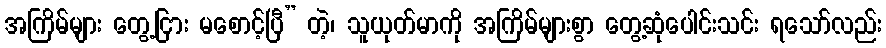
အကြိမ်များ တွေ့ငြား မစောင့်ပြီ” တဲ့၊ သူယုတ်မာကို အကြိမ်များစွာ တွေ့ဆုံပေါင်းသင်း ရသော်လည်း